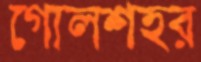
গোলশহর